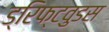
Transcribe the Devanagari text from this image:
ड्रिफ्टवुडस